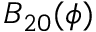
B _ { 2 0 } ( \phi )